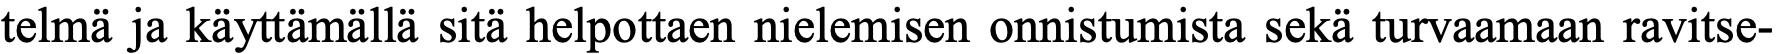
telmä ja käyttämällä sitä helpottaen nielemisen onnistumista sekä turvaamaan ravitse-